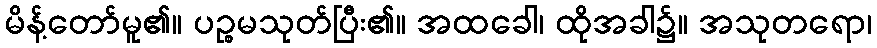
မိန့်တော်မူ၏။ ပဉ္စမသုတ်ပြီး၏။ အထခေါ၊ ထိုအခါ၌။ အသုတရော၊